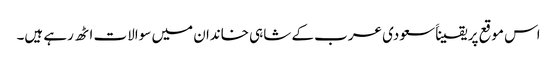
اس موقع پر یقیناََ سعودی عرب کے شاہی خاندان میں سوالات اٹھ رہے ہیں۔